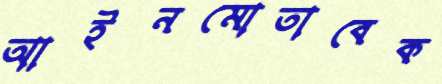
আইনমোতাবেক